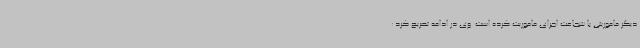
دیگر ماموریتی با شجاعت اجرای ماموریت کرده است. وی در ادامه تصریح کرد: